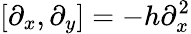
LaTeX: [\partial_{x},\partial_{y}]=-h\partial_{x}^{2}